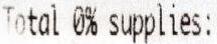
TOTAL 0% SUPPLIES: